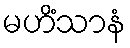
မဟိံသာနံ